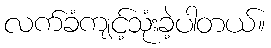
လက်ခံကျင့်သုံးခဲ့ပါတယ်။